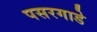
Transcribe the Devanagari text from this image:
पसरगाडे